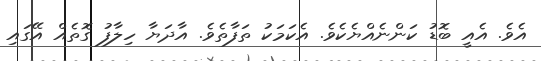
އެވެ. އެއީ ބޮޑު ކަންނެއްޔެކެވެ. އެކަމަކު ތަފާތެވެ. އާދަޔާ ހިލާފު ގޮތެއް އޭގައި